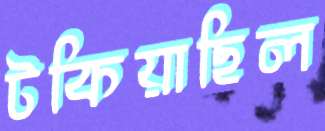
টকিয়াছিল